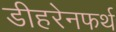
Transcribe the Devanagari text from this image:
डीहरेनफर्थ